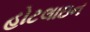
હોટલાઇન